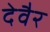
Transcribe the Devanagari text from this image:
देवैर